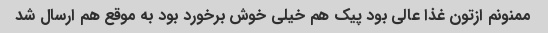
ممنونم ازتون غذا عالی بود پیک هم خیلی خوش برخورد بود به موقع هم ارسال شد